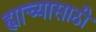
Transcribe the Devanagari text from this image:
ह्याच्यासाठी